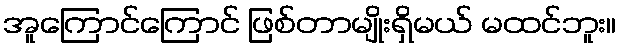
အူကြောင်ကြောင် ဖြစ်တာမျိုးရှိမယ် မထင်ဘူး။